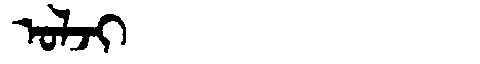
Manchu: ᠣᠯᠵᡳ
Romanization: OLJI